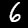
Label: 6